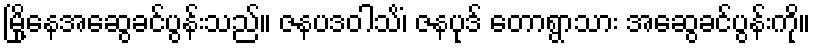
မြို့နေအဆွေခင်ပွန်းသည်။ ဇနပဒဝါသိံ၊ ဇနပုဒ် တောရွာသား အဆွေခင်ပွန်းကို။